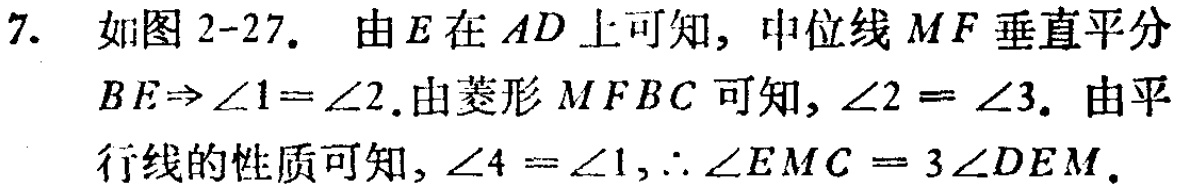
7. 如图2-27. 由\(E\)在\(AD\)上可知, 中位线\(MF\)垂直平分\(BE\Rightarrow\angle1 = \angle2\).由菱形\(MFBC\)可知, \(\angle2=\angle3\). 由平行线的性质可知, \(\angle4 = \angle1\),\(\therefore\angle EMC = 3\angle DEM\).